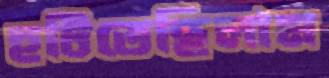
হটিতেছিলাম